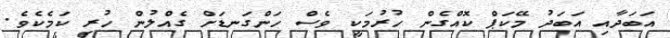
އަބަދާއި އަބަދު މޭކަޕް ކޮއްގެން ހުރުމަކީ ވެސް ހަންގަނޑަށް ގެއްލުން ހުރި ކަމެކެވެ.